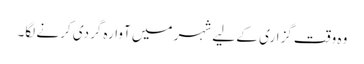
وہ وقت گزاری کے لیے شہر میں آوارہ گردی کرنے لگا۔